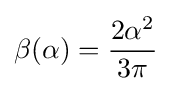
\beta (\alpha )={\frac {2\alpha ^{2}}{3\pi }}~